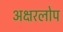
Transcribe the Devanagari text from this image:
अक्षरलोप